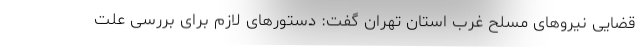
قضایی نیروهای مسلح غرب استان تهران گفت: دستورهای لازم برای بررسی علت